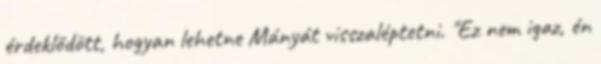
érdeklődött, hogyan lehetne Mányát visszaléptetni. "Ez nem igaz, én